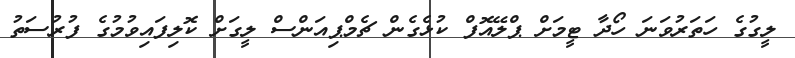
ލީގުގެ ހަތަރުވަނަ ހޯދާ ޓީމަށް ޕްލޭއޮފް ކުޅެގެން ޗެމްޕިއަންސް ލީގަށް ކޮލިފައިވުމުގެ ފުރުސަތު